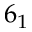
6 _ { 1 }